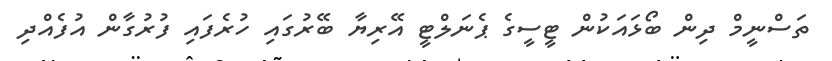
ތަސްނީމް ދިން ބޯޅައަކުން ޓީސީގެ ޕެނަލްޓީ އޭރިޔާ ބޭރުގައި ހުރެފައި ފުރުގާން އުފެއްދި